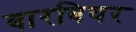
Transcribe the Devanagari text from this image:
बारबियर